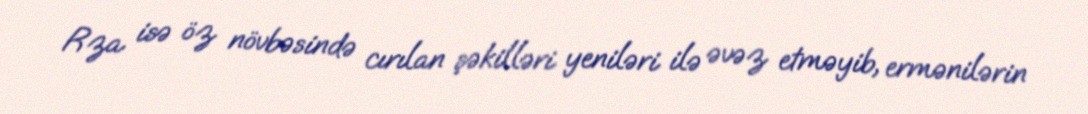
Rza isə öz növbəsində cırılan şəkilləri yeniləri ilə əvəz etməyib, ermənilərin